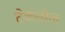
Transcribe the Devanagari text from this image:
टेकतील